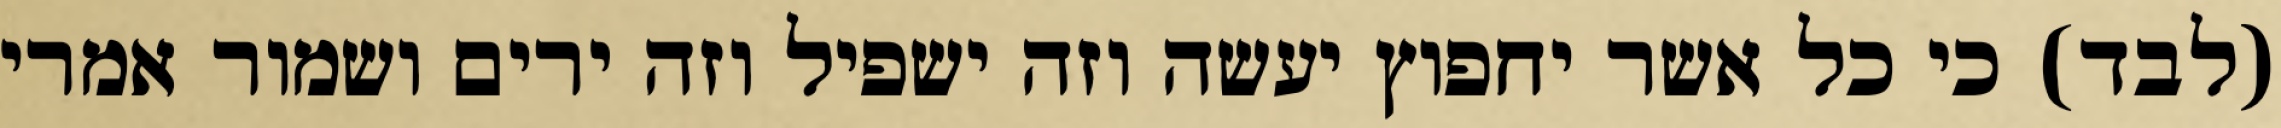
(לבד) כי כל אשר יחפוץ יעשה וזה ישפיל וזה ירים ושמור אמרי